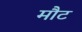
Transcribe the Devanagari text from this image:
मौट